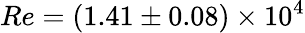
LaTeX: Re=(1.41\pm 0.08)\times 10^{4}